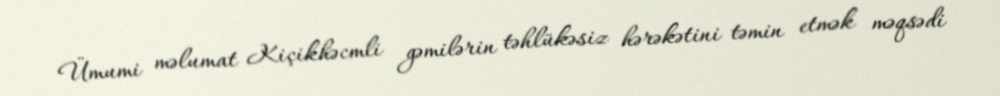
Ümumi məlumat Kiçikhəcmli gəmilərin təhlükəsiz hərəkətini təmin etmək məqsədi